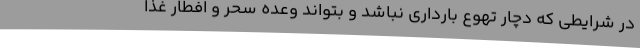
در شرایطی که دچار تهوع بارداری نباشد و بتواند وعده سحر و افطار غذا